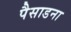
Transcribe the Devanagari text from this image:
पैसाडना